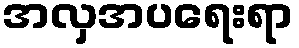
အလှအပရေးရာ